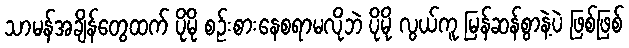
သာမန်အချိန်တွေထက် ပိုမို စဉ်းစားနေစရာမလိုဘဲ ပိုမို လွယ်ကူ မြန်ဆန်စွာနဲ့ပဲ ဖြစ်ဖြစ်